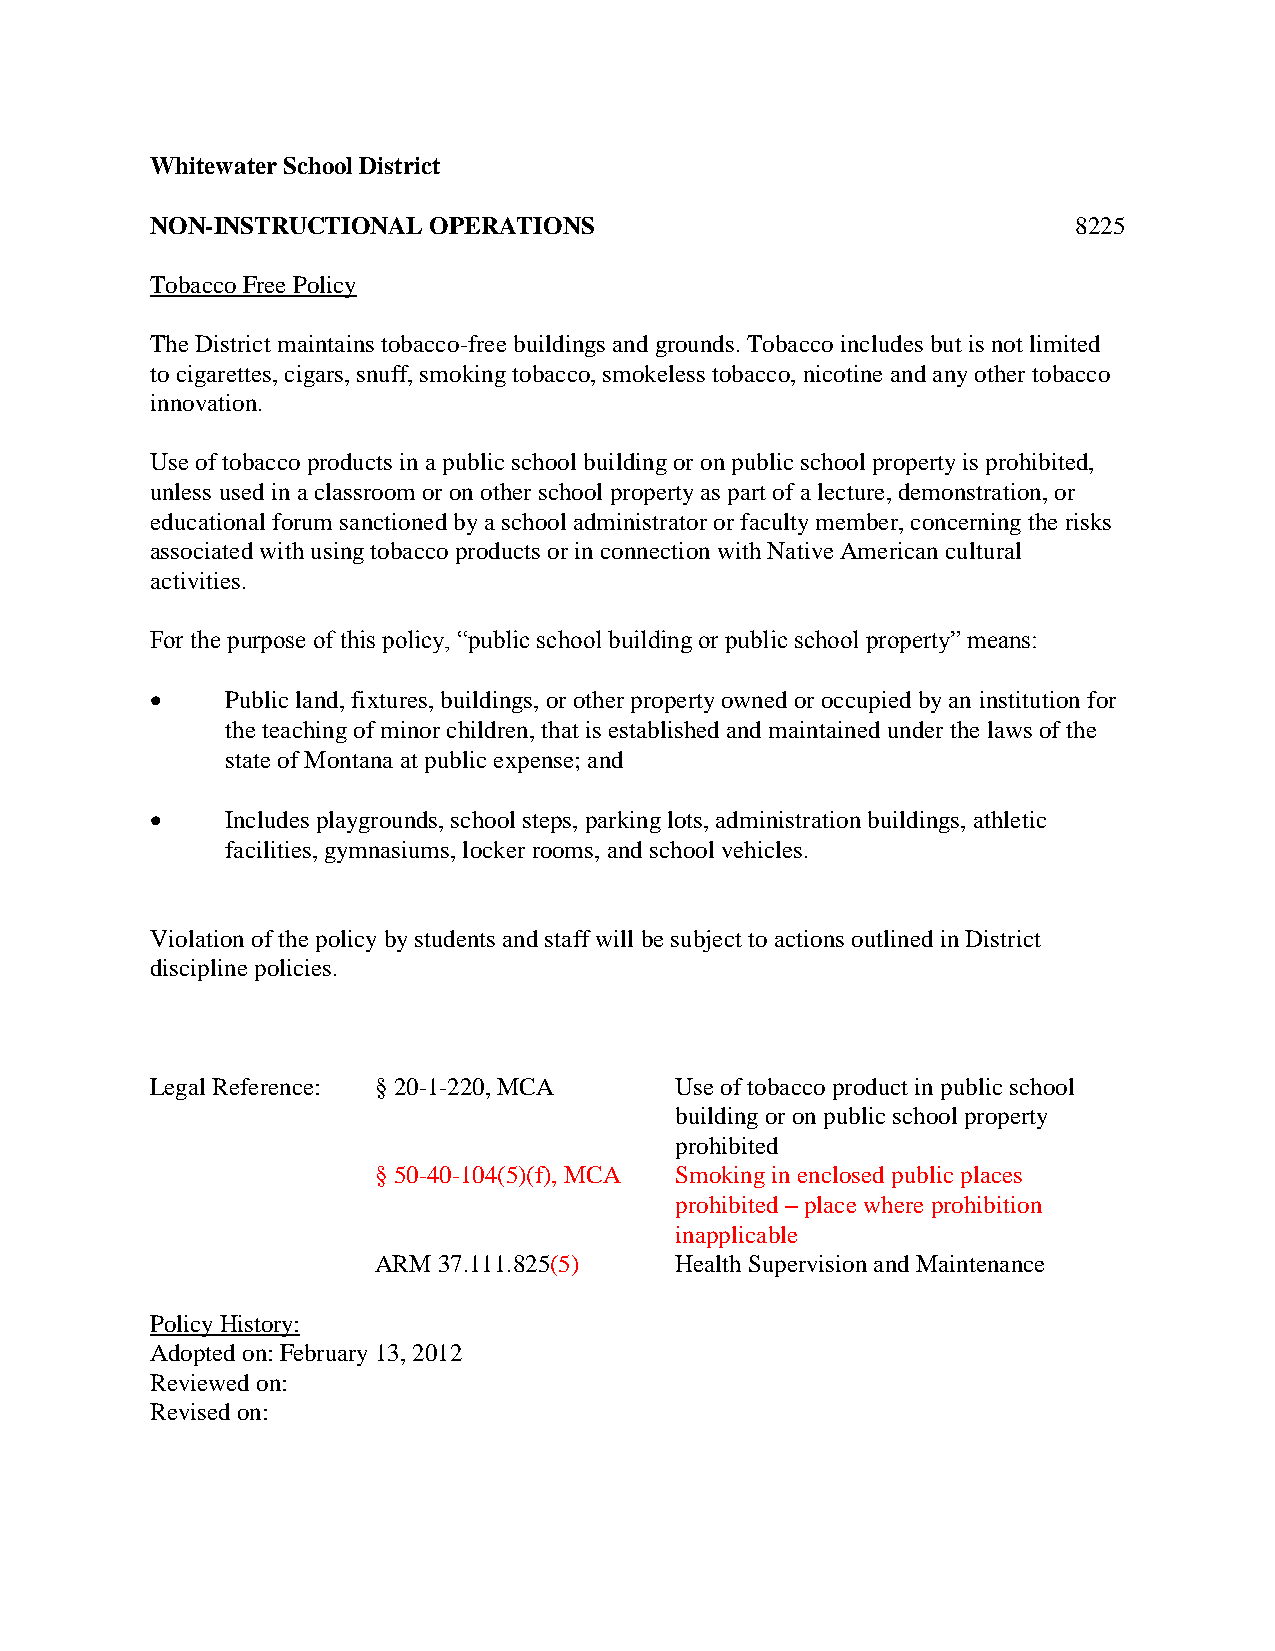
Whitewater School District
 NON-INSTRUCTIONAL OPERATIONS                                 8225
 Tobacco Free Policy
 The District maintains tobacco-free buildings and grounds. Tobacco includes but is not limited
 to cigarettes, cigars, snuff, smoking tobacco, smokeless tobacco, nicotine and any other tobacco
 innovation.
 Use of tobacco products in a public school building or on public school property is prohibited,
 unless used in a classroom or on other school property as part of a lecture, demonstration, or
 educational forum sanctioned by a school administrator or faculty member, concerning the risks
 associated with using tobacco products or in connection with Native American cultural
 activities.
 For the purpose of this policy, “public school building or public school property” means:
     Public land, fixtures, buildings, or other property owned or occupied by an institution for
 the teaching of minor children, that is established and maintained under the laws of the
 state of Montana at public expense; and
     Includes playgrounds, school steps, parking lots, administration buildings, athletic
 facilities, gymnasiums, locker rooms, and school vehicles.
 Violation of the policy by students and staff will be subject to actions outlined in District
 discipline policies.
 Legal Reference: § 20-1-220, MCA   Use of tobacco product in public school
 building or on public school property
 prohibited
 § 50-40-104(5)(f), MCA Smoking in enclosed public places
 prohibited – place where prohibition
 inapplicable
 ARM 37.111.825(5)   Health Supervision and Maintenance
 Policy History:
 Adopted on: February 13, 2012
 Reviewed on:
 Revised on: